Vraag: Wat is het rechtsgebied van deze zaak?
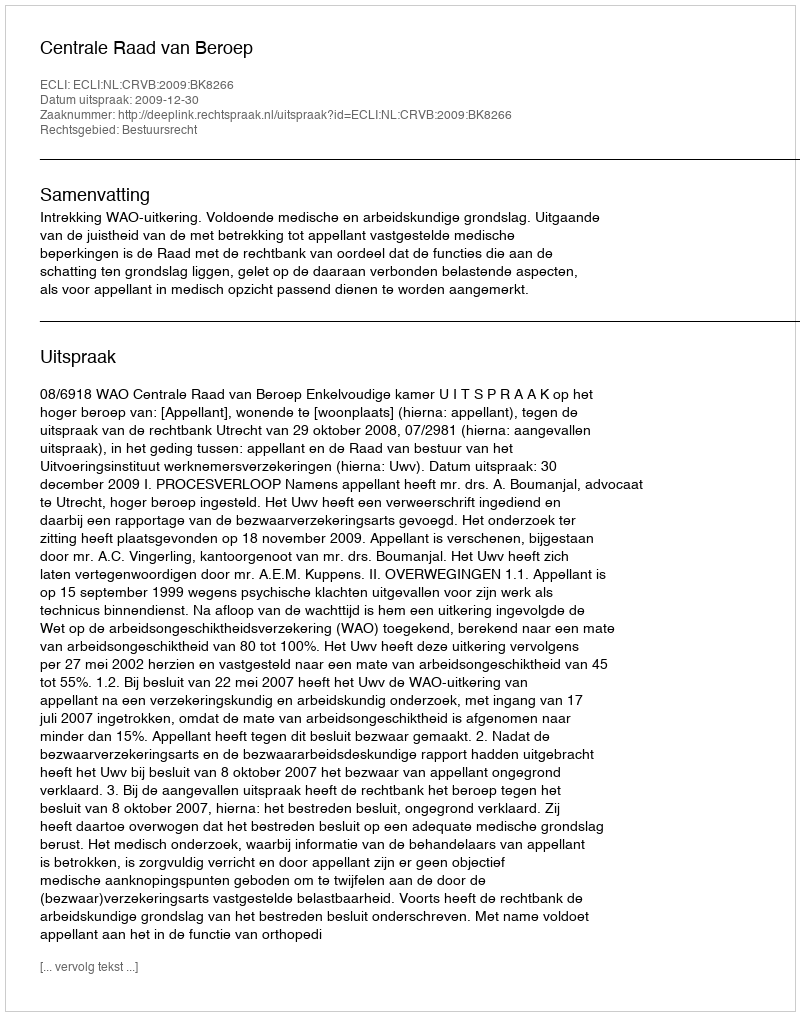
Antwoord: Bestuursrecht